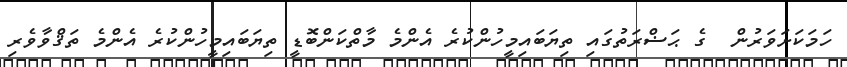
ހަމަކަށަވަރުން  ގެ ޙަޟްރަތުގައި ތިޔަބައިމީހުންކުރެ އެންމެ މާތްކަންބޮޑީ ތިޔަބައިމީހުންކުރެ އެންމެ ތަޤްވާވެރި